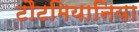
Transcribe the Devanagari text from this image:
टौटमियानिया